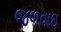
જળવાઇ